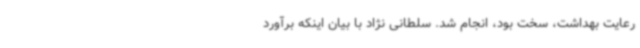
رعایت بهداشت، سخت بود، انجام شد. سلطانی نژاد با بیان اینکه برآورد